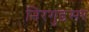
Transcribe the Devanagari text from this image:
निरगुडसर